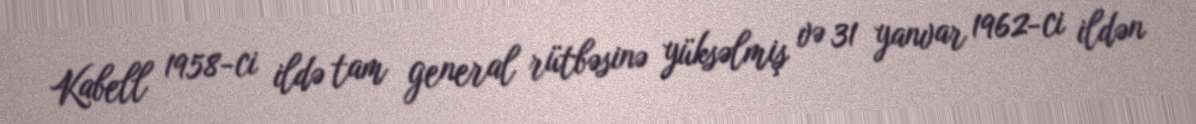
Kabell 1958-ci ildə tam general rütbəsinə yüksəlmiş və 31 yanvar 1962-ci ildən